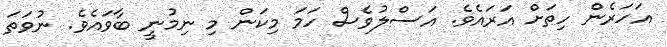
އަހަރެން ހިތަށް އަރައެވެ. އަސްލުވެސް ހަމަ މިކަން މި ނިމުނީ ބާވައެވެ. ނުވަތަ